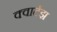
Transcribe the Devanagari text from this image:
क्वार्टझ